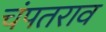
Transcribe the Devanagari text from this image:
चंपतराव